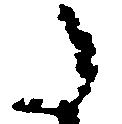
た